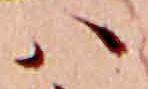
ハ